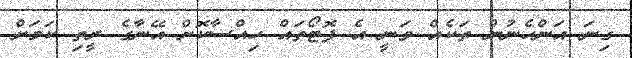
ގިނަ އަންހެނުން ތަކެއް ވަނީ އެ ފޮޓޯތައް ހިއްސާކޮށް އޭނާގެ ރީތި ކަމަށް